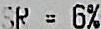
SR = 6%